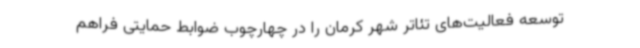
توسعه فعالیت‌های تئاتر شهر کرمان را در چهارچوب ضوابط حمایتی فراهم